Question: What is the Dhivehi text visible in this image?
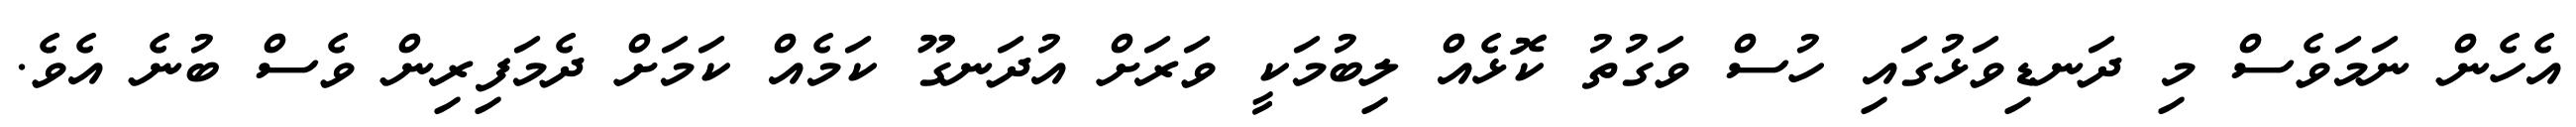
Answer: އެހެން ނަމަވެސް މި ދަނޑިވަޅުގައި ހުސް ވަގުތު ކޮޅެއް ލިބުމަކީ ވަރަށް އުދަނގޫ ކަމެއް ކަމަށް ދެމަފިރިން ވެސް ބުނެ އެވެ.